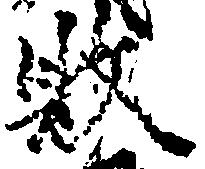
敗